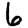
Digit: 6